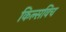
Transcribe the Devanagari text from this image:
किल्सविच